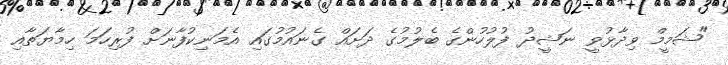
"ޝަމީމް ވިދާޅުވީ ނަޝީދު ފުލުހުންގެ ބެލުމުގެ ދަށައް ގެނައުމުގައި އެމަނިކުފާނަށް ފުރިހަމަ ހިމާޔަތާއި